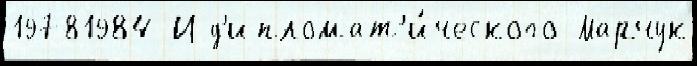
19781984 И д'ипломат'и́ческого Марчук